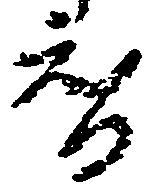
智